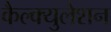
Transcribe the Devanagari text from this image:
कैल्क्युलेशन